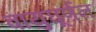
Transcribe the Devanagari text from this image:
वायुघूर्णन